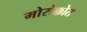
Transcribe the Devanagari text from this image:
मोरोक्कोत